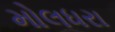
મોલધરા